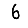
Digit: 6